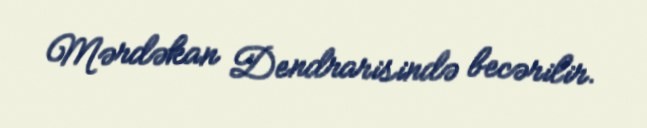
Mərdəkan Dendrarisində becərilir.